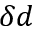
\delta d